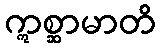
ဣစ္ဆာမာတိ